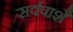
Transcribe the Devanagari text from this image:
सर्वपाशै